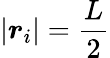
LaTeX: |{\boldsymbol r}_{i}|=\frac L2